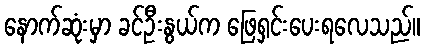
နောက်ဆုံးမှာ ခင်ဦးနွယ်က ဖြေရှင်းပေးရလေသည်။